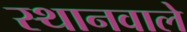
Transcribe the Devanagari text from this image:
स्थानवाले